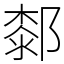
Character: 䣛